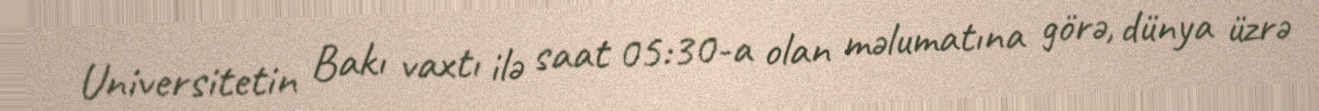
Universitetin Bakı vaxtı ilə saat 05:30-a olan məlumatına görə, dünya üzrə